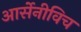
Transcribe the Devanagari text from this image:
आर्सेनीविच